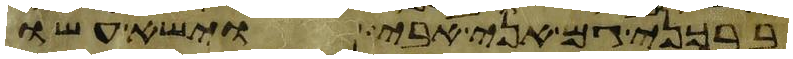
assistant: ברכני גם אני אבי וישא עשו